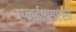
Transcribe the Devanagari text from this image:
एनईएसएसी